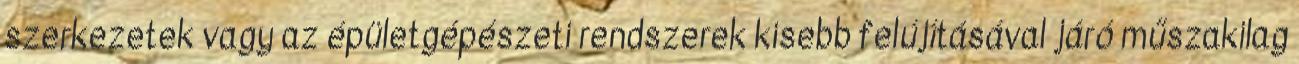
szerkezetek vagy az épületgépészeti rendszerek kisebb felújításával járó műszakilag